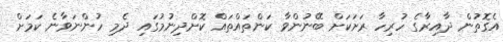
އެގޮތުން ދާއިރާގެ ހުރިހާ ރަށަކަށް ބޭނުންވާ ކަންތައްތައް ކޮށްދިނުމުގައި ދެމި ހުންނަވާނެ ކަމަށް